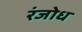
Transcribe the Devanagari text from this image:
रंजोध